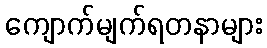
ကျောက်မျက်ရတနာများ